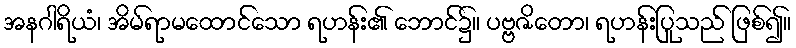
အနဂါရိယံ၊ အိမ်ရာမထောင်သော ရဟန်း၏ ဘောင်၌။ ပဗ္ဗဇိတော၊ ရဟန်းပြုသည် ဖြစ်၍။